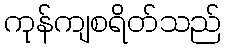
ကုန်ကျစရိတ်သည်